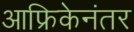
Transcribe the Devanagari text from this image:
आफ्रिकेनंतर